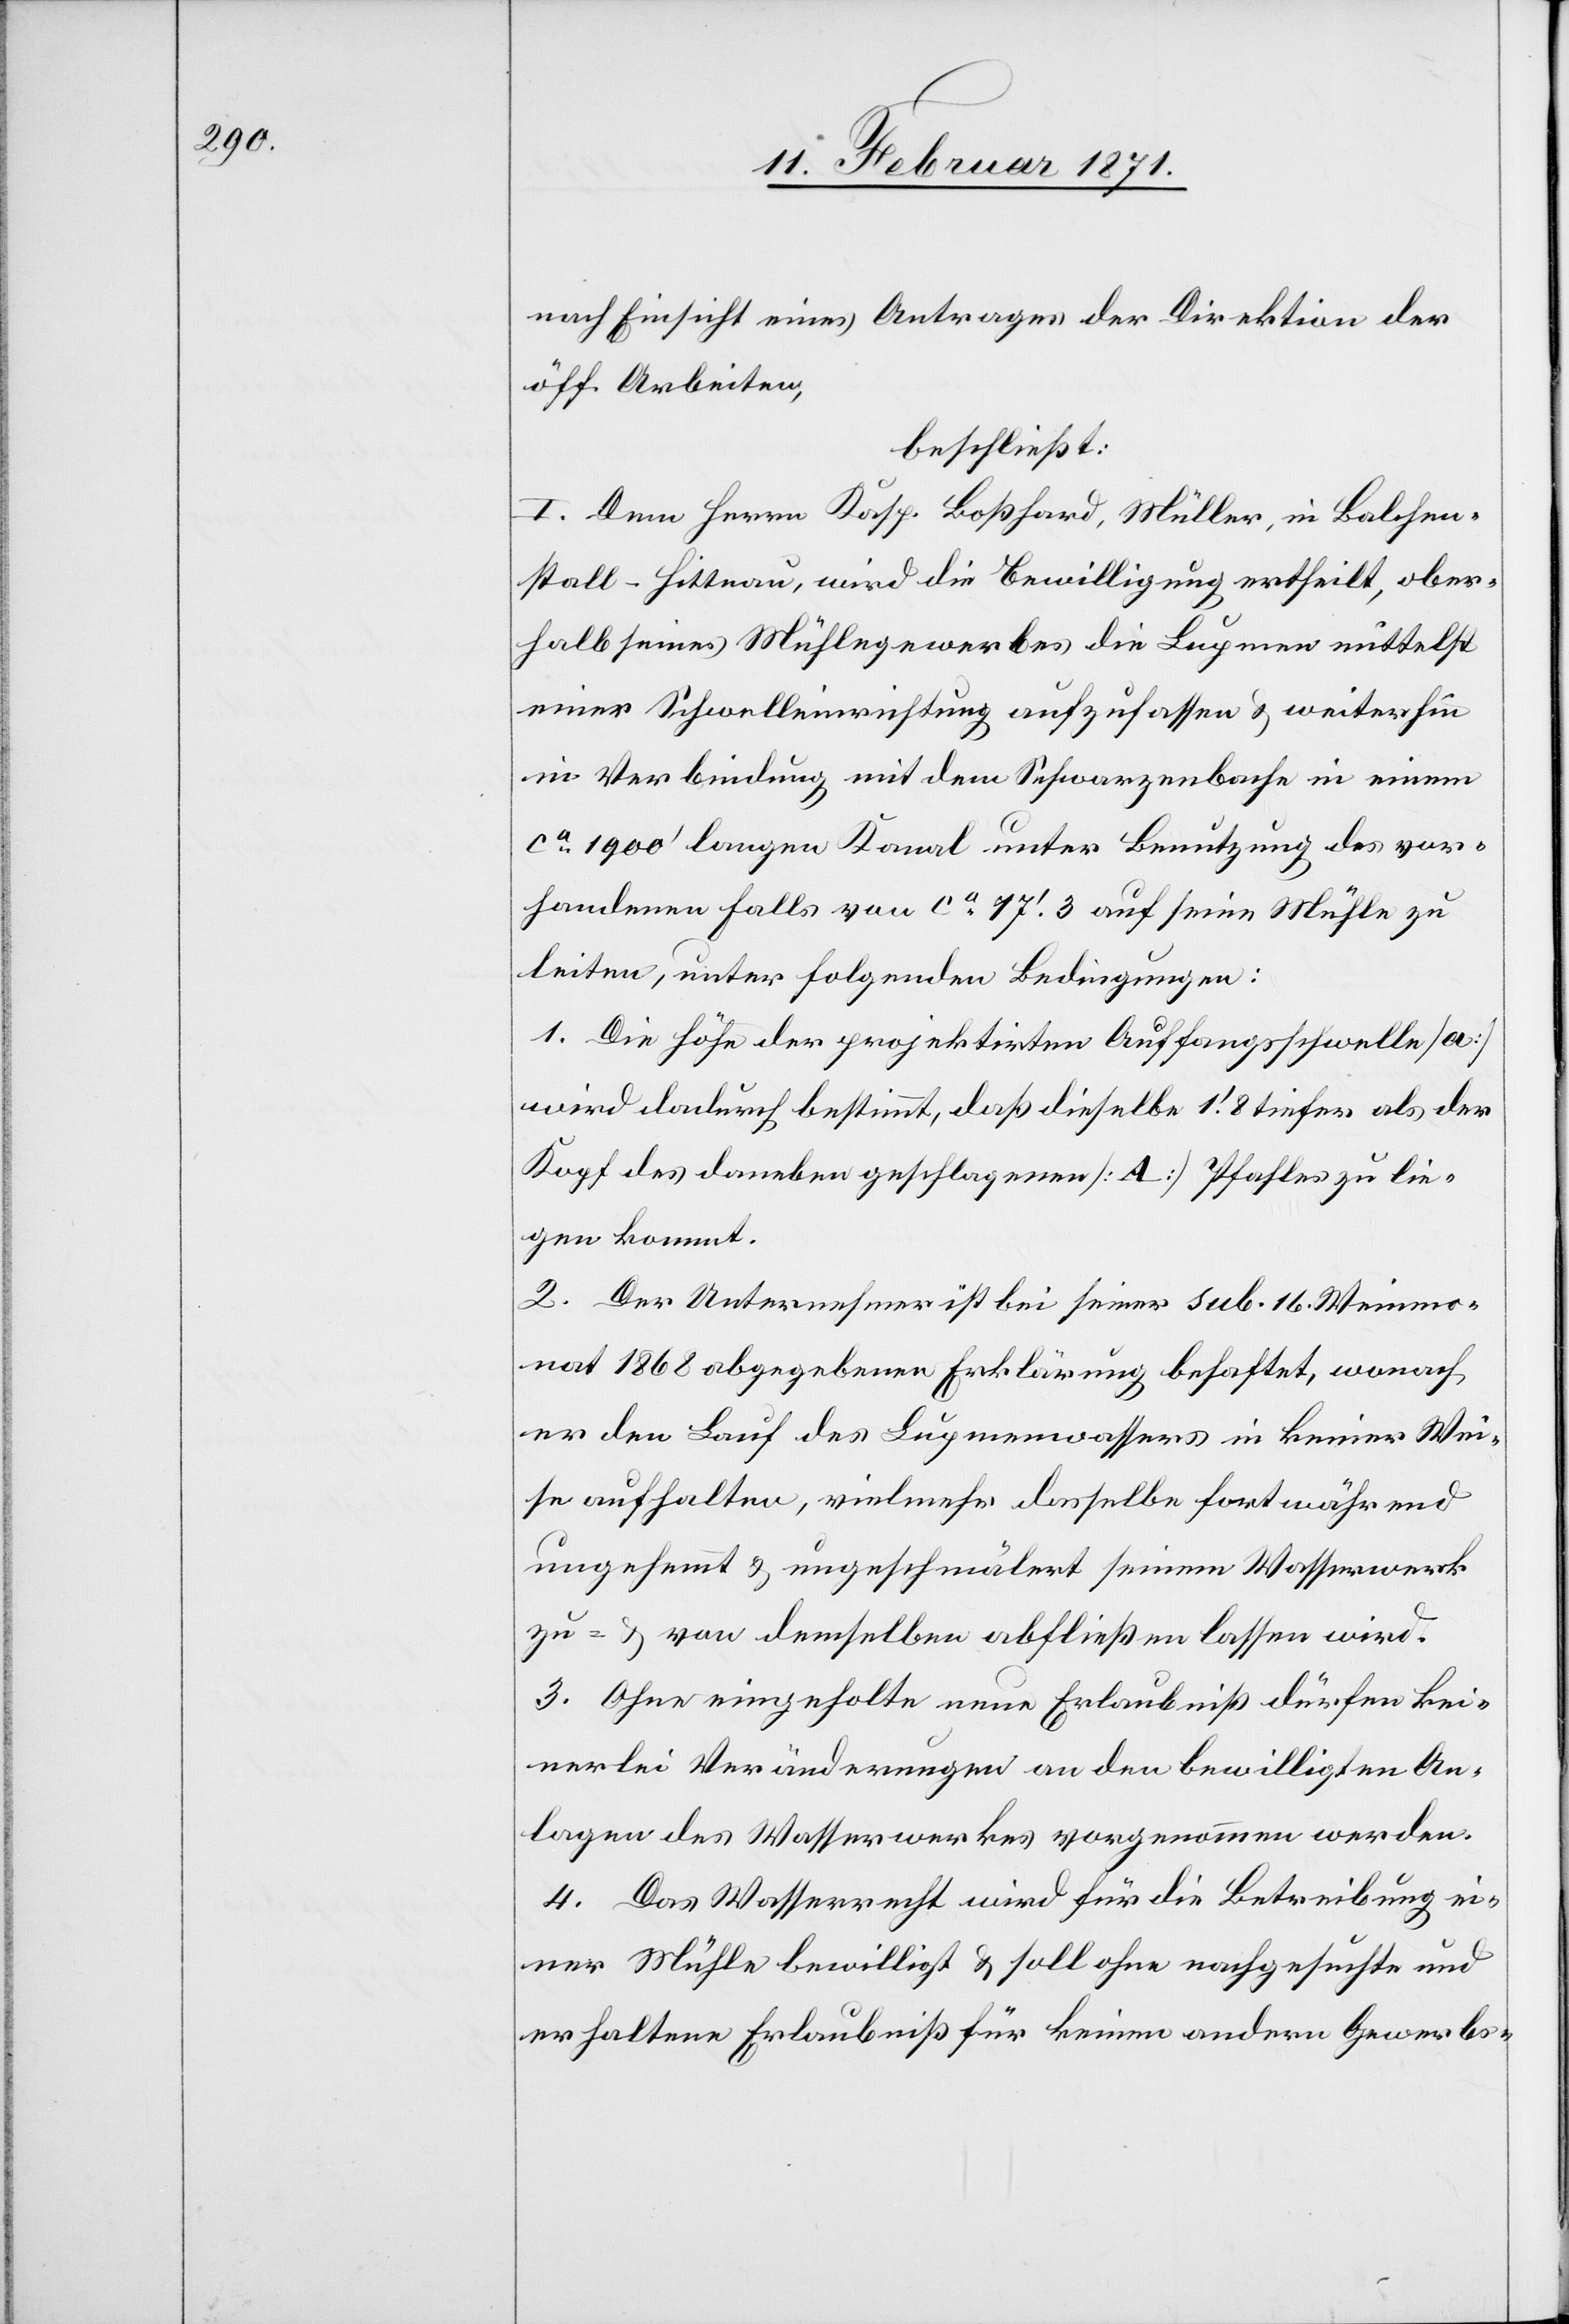
nach Einsicht eines Antrages der Direktion der
öff. Arbeiten,
beschließt:
I. Dem Herrn Kasp. Boßhard, Müller, in Balchen¬
stall-Hittnau, wird die Bewilligung ertheilt, ober¬
halb seines Mühlegewerbes die Lupmen mittelst
einer Schwelleinrichtung aufzufassen u. weiterhin
in Verbindung mit dem Schwarzenbache in einem
ca. 1900‘ langen Kanal unter Benutzung des vor¬
handenen Falls von ca. 17‘.3 auf seine Mühle zu
leiten, unter folgenden Bedingungen:
1. Die Höhe der projektirten Auffangsschwelle [a]
wird dadurch bestimmt, daß dieselbe 1‘.8 tiefer als der
Kopf des daneben geschlagenen [A] Pfahles zu lie¬
gen kommt.
2. Der Unternehmer ist bei seiner sub. 16. Weinmo¬
nat 1868 abgegebenen Erklärung behaftet, wonach
er den Lauf des Lupmenwassers in keiner Wei¬
se aufhalten, vielmehr dasselbe fortwährend
ungehemmt u. ungeschmälert seinem Wasserwerk
zu- u. von demselben abfließen lassen wird.
3. Ohne eingeholte neue Erlaubniß dürfen kei¬
nerlei Veränderungen an den bewilligten An¬
lagen des Wasserwerkes vorgenommen werden.
4. Das Wasserrecht wird für die Betreibung ei¬
ner Mühle bewilligt u. soll ohne nachgesuchte und
erhaltene Erlaubniß für keinen andern Gewerbs-